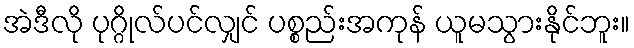
အဲဒီလို ပုဂ္ဂိုလ်ပင်လျှင် ပစ္စည်းအကုန် ယူမသွားနိုင်ဘူး။